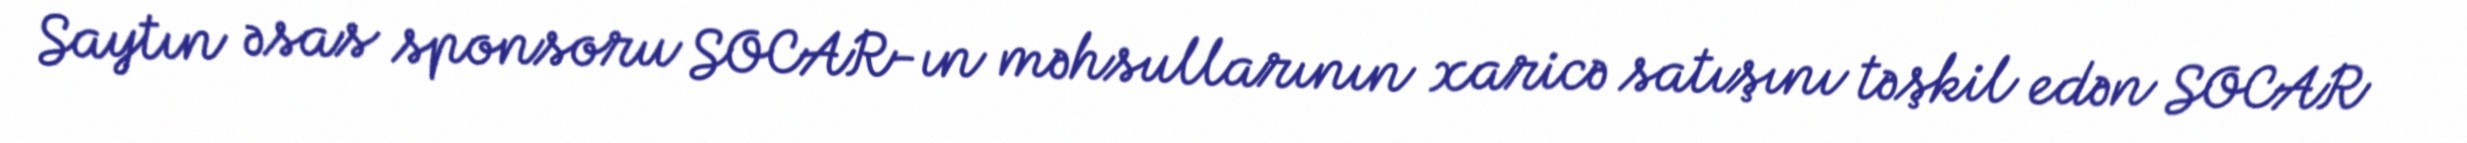
Saytın əsas sponsoru SOCAR-ın məhsullarının xaricə satışını təşkil edən SOCAR